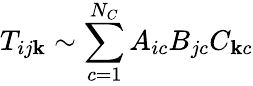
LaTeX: T_{ij\mathbf{k}}\sim\sum_{c=1}^{N_{C}}A_{ic}B_{jc}C_{\mathbf{k}c}